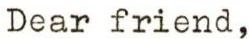
Dear friend,